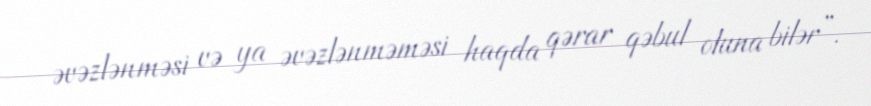
əvəzlənməsi və ya əvəzlənməməsi haqda qərar qəbul oluna bilər”.